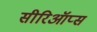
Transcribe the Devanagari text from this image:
सीरिऑप्स